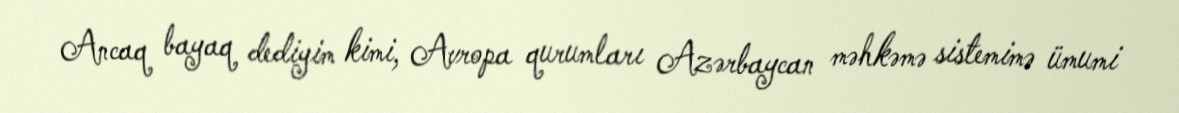
Ancaq bayaq dediyim kimi, Avropa qurumları Azərbaycan məhkəmə sistemimə ümumi